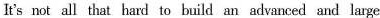
It's not all that hard to build an advanced and large